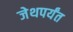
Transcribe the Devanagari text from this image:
जेथपर्यंत